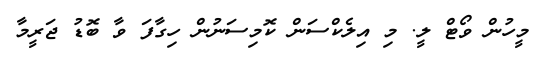
މީހުން ވޯޓް ލީ. މި އިލެކްސަން ކޮމިސަނުން ހިގާފަ ވާ ބޮޑު ޖަރީމާ